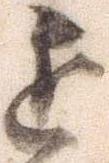
近